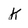
Character: k